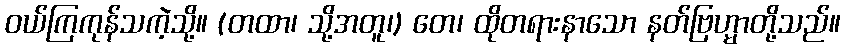
ဝယ်ကြကုန်သကဲ့သို့။ (တထာ၊ သို့အတူ၊) တေ၊ ထိုတရားနာသော နတ်ဗြဟ္မာတို့သည်။